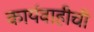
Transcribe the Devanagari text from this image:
कार्यवाहीची